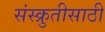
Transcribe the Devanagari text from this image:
संस्क्रुतीसाठी